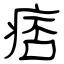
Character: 痞